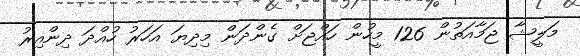
މަލީޝާ ޖަމާއަތުން 126 މީހުން ހައްޖަށް ގެންދަން މިދިޔަ އަހަރު ހުއްދަ ދިންއިރު